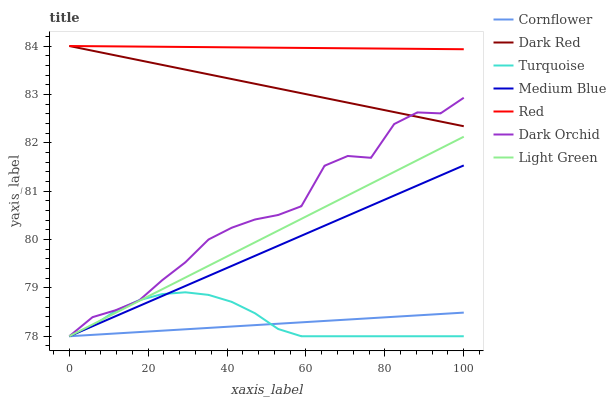
| xaxis_label | Cornflower | Dark Red | Turquoise | Medium Blue | Red | Dark Orchid | Light Green |
 | --- | --- | --- | --- | --- | --- | --- | --- |
 | 0 | 78 | 84 | 78 | 78 | 84 | 78 | 78 |
 | 5.88 | 78 | 83.9 | 78.2 | 78.2 | 84 | 78.4 | 78.2 |
 | 11.8 | 78.1 | 83.8 | 78.5 | 78.4 | 84 | 78.5 | 78.5 |
 | 17.6 | 78.1 | 83.7 | 78.7 | 78.6 | 84 | 78.7 | 78.7 |
 | 23.5 | 78.1 | 83.6 | 78.9 | 78.8 | 84 | 79.2 | 79 |
 | 29.4 | 78.1 | 83.5 | 78.9 | 79 | 84 | 79.5 | 79.2 |
 | 35.3 | 78.2 | 83.4 | 78.9 | 79.2 | 84 | 80 | 79.5 |
 | 41.2 | 78.2 | 83.3 | 78.7 | 79.5 | 84 | 80.2 | 79.7 |
 | 47.1 | 78.2 | 83.2 | 78.5 | 79.7 | 84 | 80.4 | 79.9 |
 | 52.9 | 78.3 | 83.1 | 78.1 | 79.9 | 84 | 80.5 | 80.2 |
 | 58.8 | 78.3 | 83 | 78 | 80.1 | 84 | 80.7 | 80.4 |
 | 64.7 | 78.3 | 82.9 | 78 | 80.3 | 84 | 81.5 | 80.7 |
 | 70.6 | 78.3 | 82.8 | 78 | 80.5 | 84 | 81.7 | 80.9 |
 | 76.5 | 78.4 | 82.7 | 78 | 80.7 | 83.9 | 81.7 | 81.2 |
 | 82.4 | 78.4 | 82.6 | 78 | 80.9 | 83.9 | 82.4 | 81.4 |
 | 88.2 | 78.4 | 82.5 | 78 | 81.1 | 83.9 | 82.6 | 81.6 |
 | 94.1 | 78.5 | 82.4 | 78 | 81.3 | 83.9 | 82.6 | 81.9 |
 | 100 | 78.5 | 82.3 | 78 | 81.5 | 83.9 | 82.9 | 82.1 |